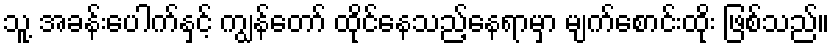
သူ့ အခန်းပေါက်နှင့် ကျွန်တော် ထိုင်နေသည့်နေရာမှာ မျက်စောင်းထိုး ဖြစ်သည်။